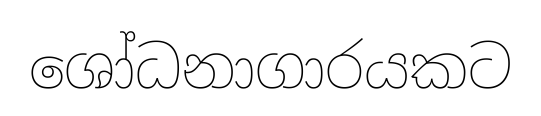
ශෝධනාගාරයකට